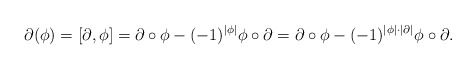
\begin{align*} \partial(\phi) = [\partial,\phi] = \partial\circ\phi - (-1)^{|\phi|}\phi\circ\partial=\partial\circ\phi - (-1)^{|\phi|\cdot|\partial|}\phi\circ\partial.\end{align*}